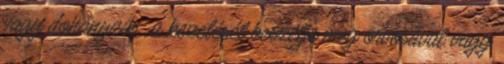
vagy dohányzik , a kezelését beszélje meg orvosával vagy